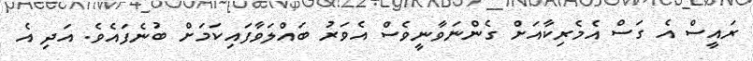
ރައީސް އެ ގަސް އެމެރިކާއަށް ގެންނަވާނީވެސް އެވަރު ބައްލަވާފައިކަމަށް ބުނެފައެވެ. އަދި އެ